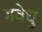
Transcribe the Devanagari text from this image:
गवेधु